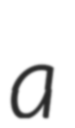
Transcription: a